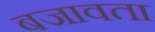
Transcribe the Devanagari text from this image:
बजावता